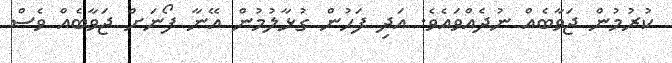
ކުރުމުން ޖަވާބެއް ނުދެއްވައެވެ. އަދި ފަހުން ގުޅާލުމުން އޭނާ ފޯނަށް ޖަވާބެއް ވެސް